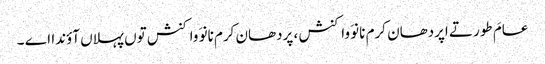
عامَ طور تے اپردھان کرم نانوَ واکنش ، پردھان کرم نانوَ واکنش توں پہلاں آؤندا اے ۔